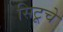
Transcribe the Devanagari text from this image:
सिटूचे